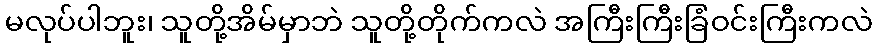
မလုပ်ပါဘူး၊ သူတို့အိမ်မှာဘဲ သူတို့တိုက်ကလဲ အကြီးကြီးခြံဝင်းကြီးကလဲ